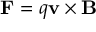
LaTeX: \mathbf { F } = q \mathbf { v } \times \mathbf { B }